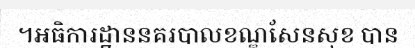
។អធិការដ្ឋាននគរបាលខណ្ឌសែនសុខ បាន